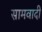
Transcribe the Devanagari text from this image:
सामवादी